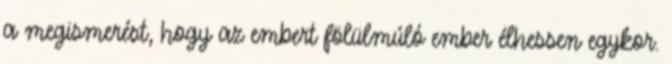
a megismerést, hogy az embert fölülmúló ember élhessen egykor.